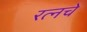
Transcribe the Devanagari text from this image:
रत्‍नचे